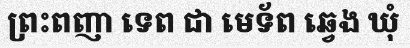
ព្រះពញា ទេព ជា មេទ័ព ឆ្វេង ឃុំ